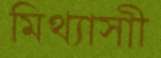
মিথ্যাসাী